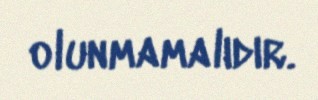
olunmamalıdır.